system: You are a helpful assistant.
user:
Analyze the provided spectrum to determine if it is a **S-type Star**.

- **Key Indicators for S-type Star:**

    - **(Overall Spectrum Shape):** The first and most obvious characteristic is the overall continuum (the "baseline" shape). It is **extremely "red-sloping,"** meaning the flux (light intensity) is very low on the left side (blue, ~4000-4500 Å) and rises steeply and continuously toward the right side (red, ~7000 Å+).

    - **(Primary):** The spectrum is defined by the presence of strong, broad molecular absorption "valleys" (bands) from **Zirconium Oxide (ZrO)**. The identification of these bands is the **primary requirement** for classifying a star as S-type.
        - **(Key Bandheads):** You must find distinct, deep "dips" where the light has been absorbed. The most critical band systems to locate are:
            - **~6474 Å** ($\gamma$-system): This is often the strongest and clearest ZrO feature, found in the red part of the spectrum.
            - **~5718 Å** & **~5551 Å** ($\beta$-system): A pair of prominent absorption features in the yellow-orange part of the spectrum.
            - **~4640 Å** ($\alpha$-system): A key absorption band system in the blue-green region of the spectrum.

    - **(Secondary Confirmation):** The classification is strengthened by finding additional absorption bands from other related heavy element oxides, which are expected to be present alongside ZrO.
        - **(Key Bandheads):**
            - **Yttrium Oxide (YO):** Look for absorption dips near **~4800 Å** and **~6100 Å**.
            - **Lanthanum Oxide (LaO):** Additional absorption features, particularly in the red-orange part of the spectrum, are also characteristic.

    - **(Line Profile):** The combination of the steep red continuum and these numerous, deep molecular bands (ZrO, YO, etc.) gives the entire spectrum a very **"chopped-up"** or **"bumpy"** appearance. Instead of a smooth curve, the spectrum looks as though large, wide chunks of light have been "carved out" of it at the specific wavelengths listed above.

Think first, call **spectral_visualization_tool** if needed to examine features in detail, then provide your final answer. Your response must adhere to the following strict rules:
1.  **Overall Structure:** Your response must follow the format `<think>...</think> <tool_call>...</tool_call> (if a tool is used) <answer>...</answer>`.
2.  **Tool Usage Constraint:** You may only make **one** tool call per turn.
3.  **Final Answer Format:** In the `<answer>` tag, your conclusion must be inside a `\boxed{}` command (e.g., `\boxed{YES}` or `\boxed{NO}`), followed by your justification.

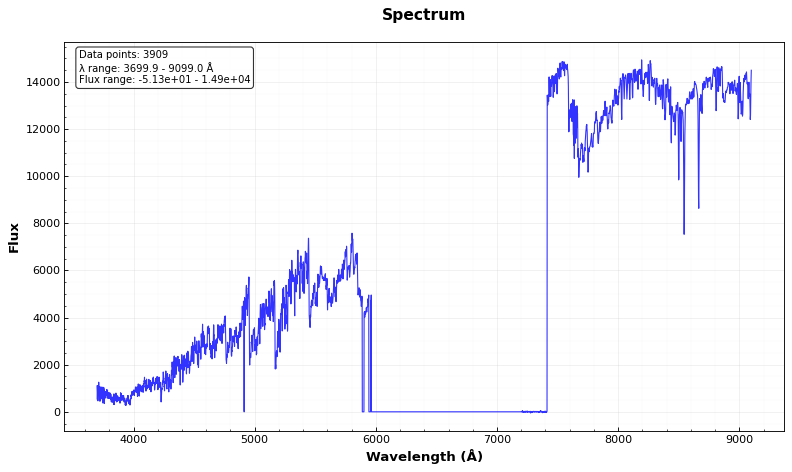
Answer: YES